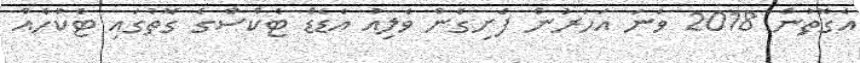
އެގޮތުން 2018 ވަނަ އަހަރުން ފެށިގެން ވެލިއު އެޑެޑް ޓެކްސްގެ ގޮތުގައި ޓެކުހެއް